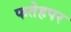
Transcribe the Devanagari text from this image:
फतेहपर